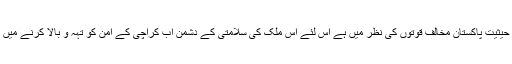
کراچی کی یہ حیثیت پاکستان مخالف قوتوں کی نظر میں ہے اس لئے اس ملک کی سلامتی کے دشمن اب کراچی کے امن کو تہہ و بالا کرنے میں مصروف ہیں۔